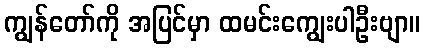
ကျွန်တော်ကို အပြင်မှာ ထမင်းကျွေးပါဦးဗျာ။